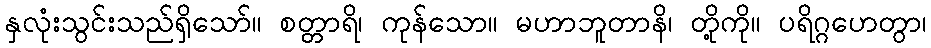
နှလုံးသွင်းသည်ရှိသော်။ စတ္တာရိ၊ ကုန်သော။ မဟာဘူတာနိ၊ တို့ကို။ ပရိဂ္ဂဟေတွာ၊